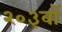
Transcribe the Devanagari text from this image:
२०३वॉ